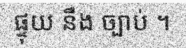
ផ្ទុយ នឹង ច្បាប់ ។